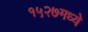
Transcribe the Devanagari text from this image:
१५२७मध्ये